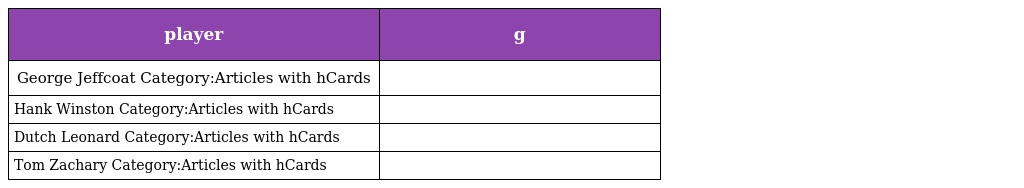
| player | g |
 | --- | --- |
 | George Jeffcoat Category:Articles with hCards |  |
 | Hank Winston Category:Articles with hCards |  |
 | Dutch Leonard Category:Articles with hCards |  |
 | Tom Zachary Category:Articles with hCards |  |